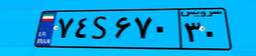
۷۴S۶۷۰۳۰